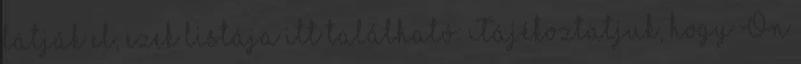
látják el, ezek listája itt található: Tájékoztatjuk, hogy Ön